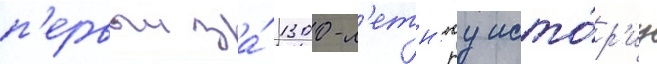
п'ервыи за́ 1300-л'етн'юу исто́р'иу